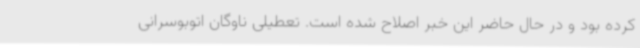
کرده بود و در حال حاضر این خبر اصلاح شده است. تعطیلی ناوگان اتوبوسرانی